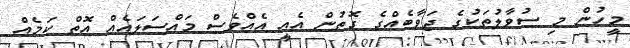
މީހުން މި ސުވާލުތަކުގެ ޖަވާބެއްގެ ގޮތުން އެއީ އެއްވެސް މައްސަލައެއް އޮތް ކަމެއް